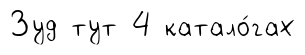
Зуд тут 4 катало́гах